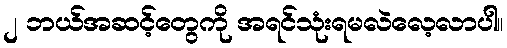
၂ ဘယ်အဆင့်တွေကို အရင်သုံးရမလဲလေ့လာပါ။